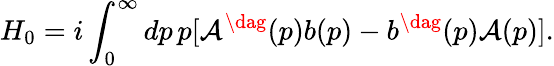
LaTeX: H_{0}=i\int_{0}^{\infty}dp\, p[\mathcal{A}^{\dag}(p)b(p)-b^{\dag}(p)\mathcal{A}(p)].